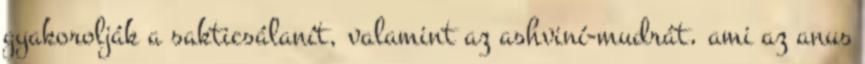
gyakorolják a sakticsálanít, valamint az ashviní-mudrát, ami az anus